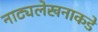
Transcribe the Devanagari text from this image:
नाट्यलेखनाकडे